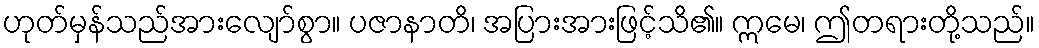
ဟုတ်မှန်သည်အားလျော်စွာ။ ပဇာနာတိ၊ အပြားအားဖြင့်သိ၏။ ဣမေ၊ ဤတရားတို့သည်။